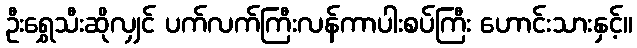
ဦးရွှေသီးဆိုလျှင် ပက်လက်ကြီးလန်ကာပါးစပ်ကြီး ဟောင်းသားနှင့်။